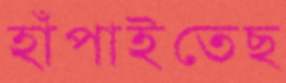
হাঁপাইতেছ